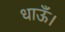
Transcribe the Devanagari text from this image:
धाऊँ।